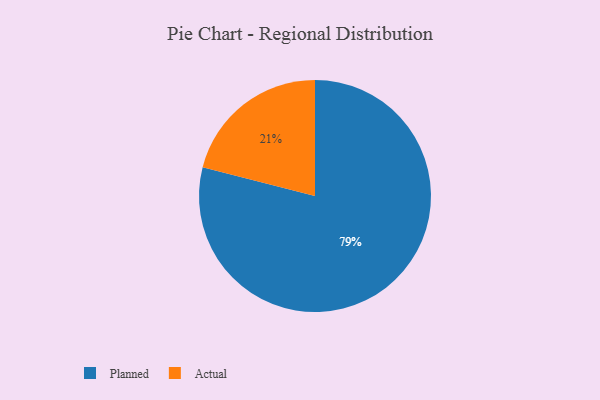
{"axis": {"x": "Category", "y": "Percentage"}, "legend": ["Actual", "Planned"], "data": [{"x": "Actual", "y": 21, "type": "Actual"}, {"x": "Planned", "y": 79, "type": "Planned"}]}